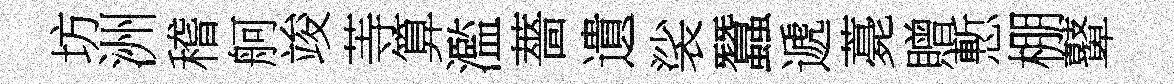
坊洲稽舸竣䓁算濫薔遺裟蠶遞薧贈慙棚鼙